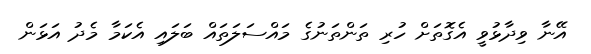
އޭނާ ވިދާޅުވީ އެގޮތަށް ހުރި ތަންތަނުގެ މައްސަލަތައް ބަލައި އެކަމާ މެދު އަޅަން